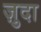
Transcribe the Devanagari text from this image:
ज़ुदा